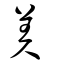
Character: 羑